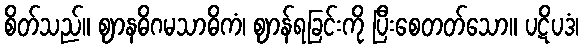
စိတ်သည်။ ဈာနဓိဂမသာဓိကံ၊ ဈာန်ရခြင်းကို ပြီးစေတတ်သော။ ပဋိပဒံ၊